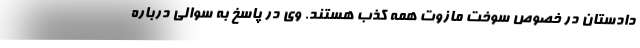
دادستان در خصوص سوخت مازوت همه کذب هستند. وی در پاسخ به سوالی درباره